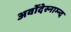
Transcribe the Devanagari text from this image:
अर्वोदेस्नाम्न्द